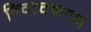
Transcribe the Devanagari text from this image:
विवाचकगण